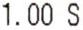
1.00 S